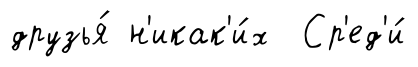
друзья́ н'икак'и́х Ср'ед'и́